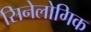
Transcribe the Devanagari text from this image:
सिनेलोगिक